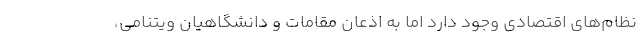
نظام­های اقتصادی وجود دارد اما به اذعان مقامات و دانشگاهیان ویتنامی،